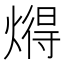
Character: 𬋂